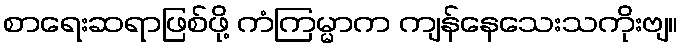
စာရေးဆရာဖြစ်ဖို့ ကံကြမ္မာက ကျန်နေသေးသကိုးဗျ။